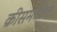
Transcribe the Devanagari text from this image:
क्रीसमधील